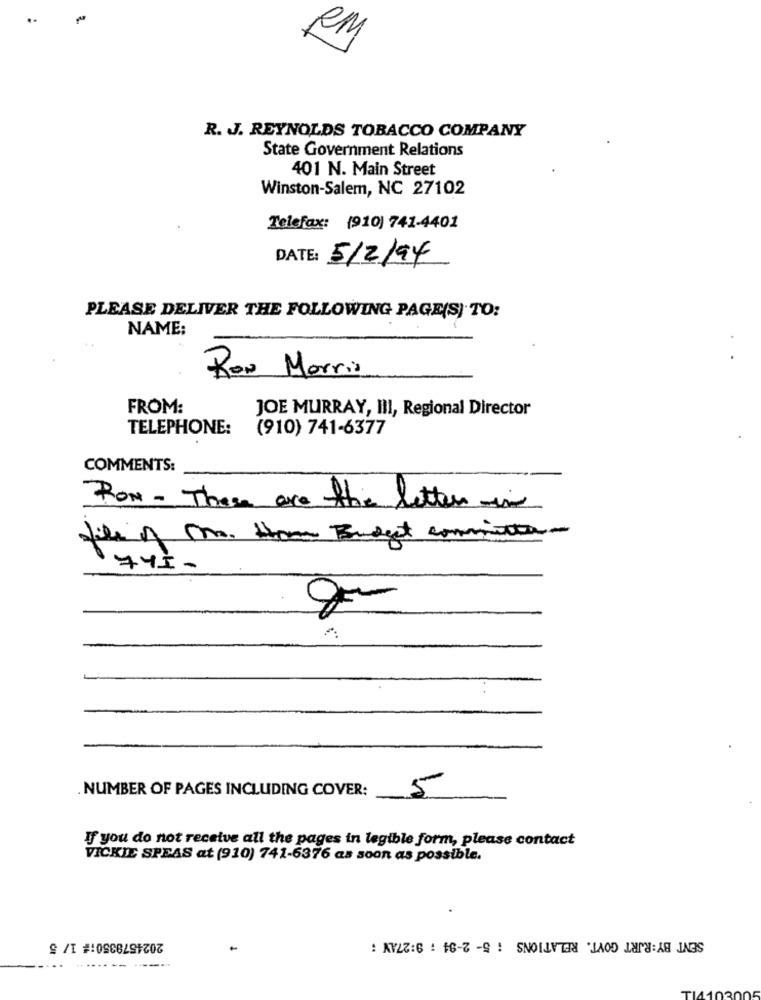
..
RM
R. J. REYNOLDS TOBACCO COMPANY
State Government Relations
401 N. Main Street
Winston-Salem, NC 27102
Telefax: (910) 741-4401
DATE:
5/2/94
PLEASE DELIVER THE FOLLOWING PAGE(S) TO:
NAME:
Ron Morris
FROM:
JOE MURRAY, III, Regional Director
TELEPHONE:
(910) 741-6377
COMMENTS:
RON- These are the letter -in
file of M. Ham Budget committer-
74.5 -
NUMBER OF PAGES INCLUDING COVER:
5
If you do not receive all the pages in legible form, please contact
VICKIE SPEAS at (910) 741-6376 as soon as possible.
SENT BY:RJRT GOVT. RELATIONS : 5- 2-94 ; 9:27AV :
2024578350:# 1/ 5